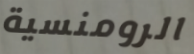
الرومنسية